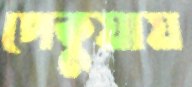
পেকুয়ায়